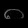
Digit: ၈